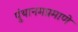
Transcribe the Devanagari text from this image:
पुंथानमप्रमाणे